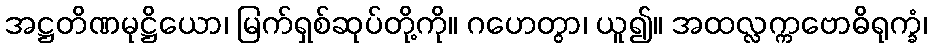
အဋ္ဌတိဏမုဋ္ဌိယော၊ မြက်ရှစ်ဆုပ်တို့ကို။ ဂဟေတွာ၊ ယူ၍။ အထလ္လက္ကဗောဓိရုက္ခံ၊